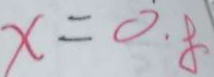
x = 0 . 8